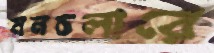
মনচলারে